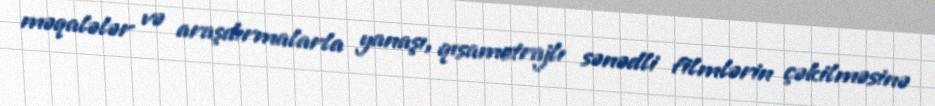
məqalələr və araşdırmalarla yanaşı, qısametrajlı sənədli filmlərin çəkilməsinə